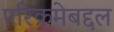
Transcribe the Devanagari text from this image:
परिक्रमेबद्दल